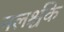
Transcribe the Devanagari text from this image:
नलर्श्चके